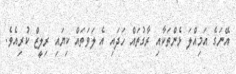
އޭނަގެ އަމިއްލަ ޅެންތަކާއި ރާގުތައް ހަދައި އެ ލަވަތައް ކިޔައި ރިލީޒް ކުރިއެވެ.